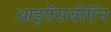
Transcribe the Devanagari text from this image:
आइऍसबीऍन